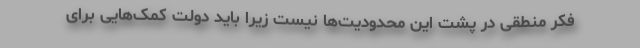
فکر منطقی در پشت این محدودیت‌ها نیست زیرا باید دولت کمک‌هایی برای